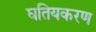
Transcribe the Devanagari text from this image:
घतियकरण